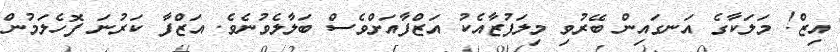
އިޒް! މަލަކާގެ އަނގައިން ބޭރުވި މިލަފުޒާއެކު އަޒްފާއަށްވެސް ބަލާލެވުނެވެ. އަޒްފާ ކަރުނަ ފޮހެލަމުން